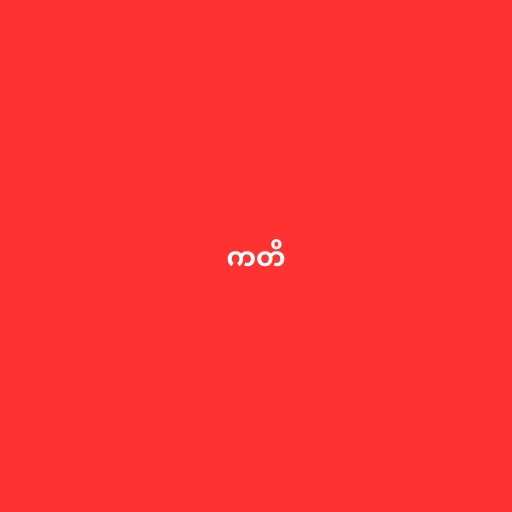
ကတိ